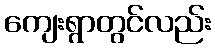
ကျေးရွာတွင်လည်း